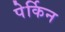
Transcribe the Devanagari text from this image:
पेर्किन